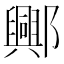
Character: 𨞾